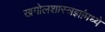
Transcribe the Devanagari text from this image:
खगोलशास्त्रज्ञांमध्ये